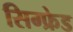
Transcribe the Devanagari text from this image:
सिग्फ्रेड